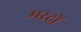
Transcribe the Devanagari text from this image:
मरदों